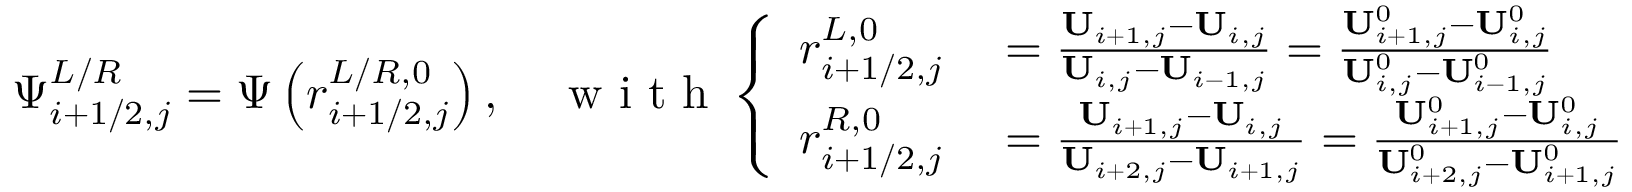
\Psi _ { i + 1 / 2 , j } ^ { L / R } = \Psi \left( r _ { i + 1 / 2 , j } ^ { L / R , 0 } \right) , \quad \mathrm { ~ w ~ i ~ t ~ h ~ } \left\{ \begin{array} { r l } { r _ { i + 1 / 2 , j } ^ { L , 0 } } & { { } = \frac { \mathbf { U } _ { i + 1 , j } - \mathbf { U } _ { i , j } } { \mathbf { U } _ { i , j } - \mathbf { U } _ { i - 1 , j } } = \frac { \mathbf { U } _ { i + 1 , j } ^ { 0 } - \mathbf { U } _ { i , j } ^ { 0 } } { \mathbf { U } _ { i , j } ^ { 0 } - \mathbf { U } _ { i - 1 , j } ^ { 0 } } } \\ { r _ { i + 1 / 2 , j } ^ { R , 0 } } & { { } = \frac { \mathbf { U } _ { i + 1 , j } - \mathbf { U } _ { i , j } } { \mathbf { U } _ { i + 2 , j } - \mathbf { U } _ { i + 1 , j } } = \frac { \mathbf { U } _ { i + 1 , j } ^ { 0 } - \mathbf { U } _ { i , j } ^ { 0 } } { \mathbf { U } _ { i + 2 , j } ^ { 0 } - \mathbf { U } _ { i + 1 , j } ^ { 0 } } } \end{array} \right. .